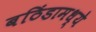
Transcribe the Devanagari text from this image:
बठिंडामध्ये